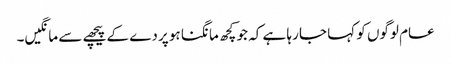
عام لوگوں کو کہا جا رہا ہے کہ جو کچھ مانگنا ہو پردے کے پیچھے سے مانگیں۔